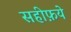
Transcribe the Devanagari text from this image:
सहीफ़ये